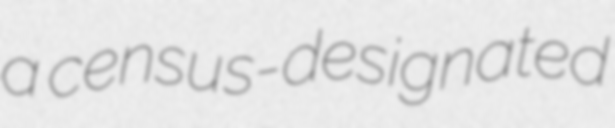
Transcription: a census-designated